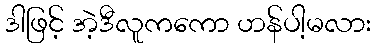
ဒါဖြင့် အဲ့ဒီလူကကော ဟန်ပါ့မလား